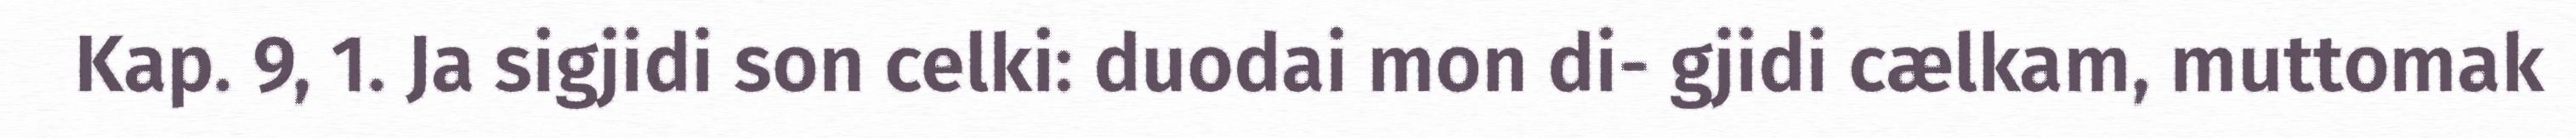
Kap. 9, 1. Ja sigjidi son celki: duodai mon di- gjidi cælkam, muttomak